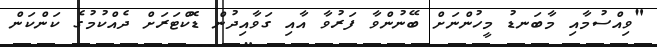
"ވިއްސުމާއި މާބަނޑު މީހުންނަށް ބޭނުންވާ ފަރުވާ އާއި ގަވާއިދުން ޑޮކްޓަރަށް ދެއްކުމުގެ ކަންކަން